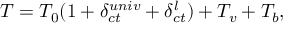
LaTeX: { \cal T } = { \cal T } _ { 0 } ( 1 + \delta _ { c t } ^ { u n i v } + \delta _ { c t } ^ { l } ) + { \cal T } _ { v } + { \cal T } _ { b } ,